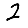
Digit: 2